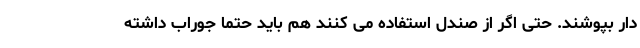
دار بپوشند. حتی اگر از صندل استفاده می کنند هم باید حتما جوراب داشته